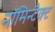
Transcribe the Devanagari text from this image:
नॉमिन्टैक्ट